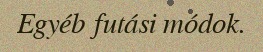
Egyéb futási módok.